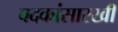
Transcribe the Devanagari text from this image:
बदकांसारखी